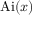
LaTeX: \operatorname { A i } ( x )